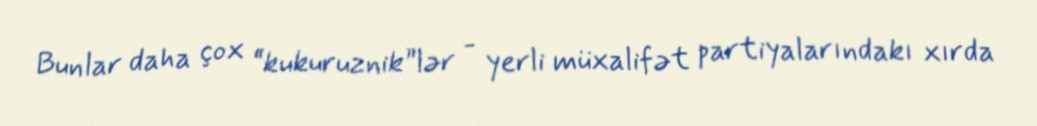
Bunlar daha çox “kukuruznik”lər - yerli müxalifət partiyalarındakı xırda